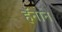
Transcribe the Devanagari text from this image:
हॅनाने